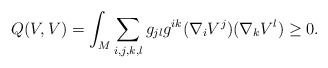
\begin{align*}Q(V,V) = \int_M \sum_{i,j,k,l} g_{jl} g^{ik} (\nabla_i V^j) (\nabla_k V^l)\ge 0.\end{align*}